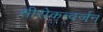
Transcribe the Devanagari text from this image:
सीरोकन्वर्जन